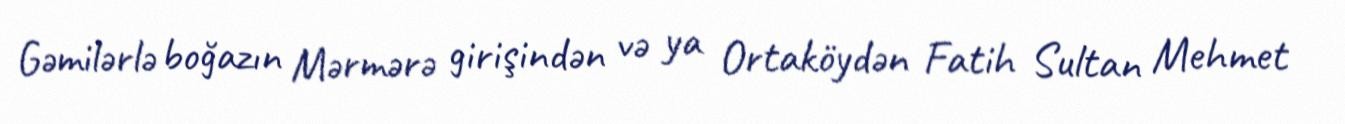
Gəmilərlə boğazın Mərmərə girişindən və ya Ortaköydən Fatih Sultan Mehmet